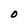
Character: O